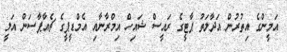
އަމީންގެ އިތުރުން އަދާލަތު ޕާޓީގެ ރައީސް ޝައިހް އިމްރާނާއި އެމްޑީޕީގެ ޗެއާޕާސަން އަލީ